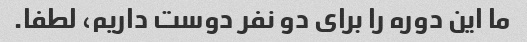
ما این دوره را برای دو نفر دوست داریم، لطفا.